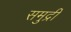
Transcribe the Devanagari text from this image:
समुद्रीं